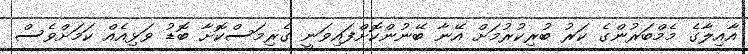
އާއިލާގެ މެމްބަރުންގެ ކަރު ބުރިކުރުމަށް އޭނާ ބޭނުންކޮށްފައިވަނީ ގެރިމަސްކޮށާ ބޮޑު ވަޅިއެއް ކަމަށްވެސް